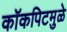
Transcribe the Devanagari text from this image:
कॉकपिटमुळे